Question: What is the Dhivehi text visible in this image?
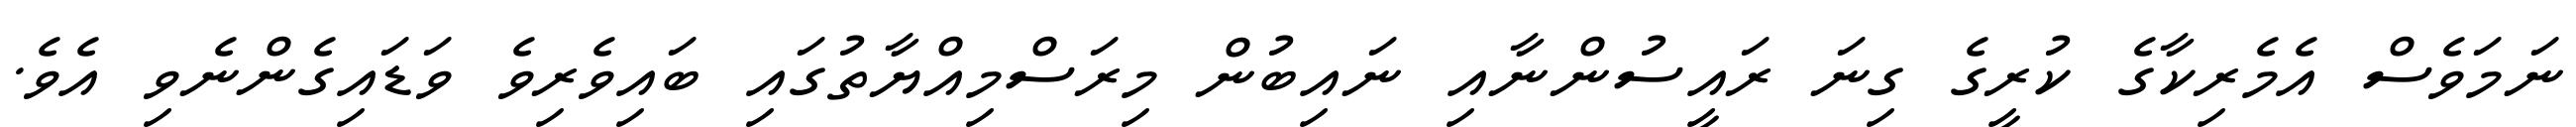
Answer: ނަމަވެސް އެމެރިކާގެ ކުރީގެ ގިނަ ރައީސުންނާއި ނައިބުން މިރަސްމިއްޔާތުގައި ބައިވެރިވެ ވަޑައިގެންނެވި އެވެ.